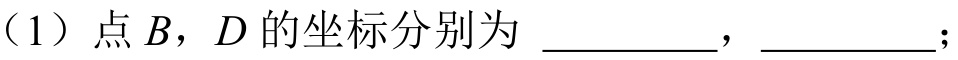
（1）点\(B\)，\(D\)的坐标分别为 \_\_\_\_\_\_，\_\_\_\_\_\_；